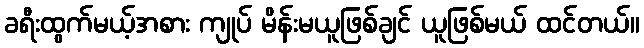
ခရီးထွက်မယ့်အစား ကျုပ် မိန်းမယူဖြစ်ချင် ယူဖြစ်မယ် ထင်တယ်။